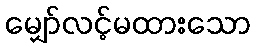
မျှော်လင့်မထားသော